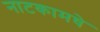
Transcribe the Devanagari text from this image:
नाटकामधे